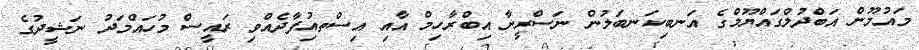
މައުމޫން އަބްދުލްގައްޔޫމްގެ އަނބިކަނބަލުން ނަސްރީނާ އިބްރާހިމް އާއި އިސްތއިުފާދެއްވި ރައީސް މުހައްމަދު ނަޝީދުގެ